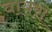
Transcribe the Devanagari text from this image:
वायरा